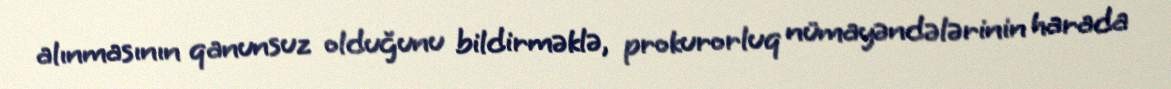
alınmasının qanunsuz olduğunu bildirməklə, prokurorluq nümayəndələrinin harada